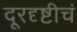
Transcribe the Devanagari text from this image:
दूरदृष्टीचं